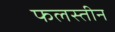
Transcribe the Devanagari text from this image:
फलस्तीन